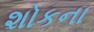
શોકના